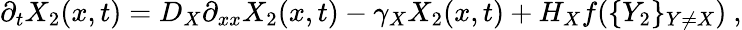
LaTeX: \partial_{t}X_{2}(x,t)=D_{X}\partial_{xx}X_{2}(x,t)-\gamma_{X}X_{2}(x,t)+H_{X}f(\{ Y_{2}\} _{Y\neq X})~,